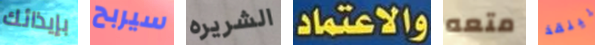
بإيذائك سيربح الشريره والاعتماد متعه لينقذ